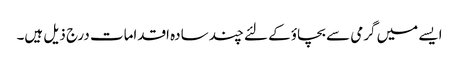
ایسے میں گرمی سے بچاؤ کے لئے چند سادہ اقدامات درج ذیل ہیں۔